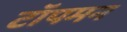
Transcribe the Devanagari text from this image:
टॉपमन